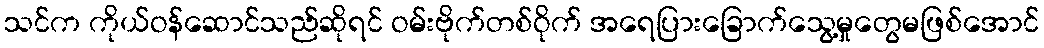
သင်က ကိုယ်ဝန်ဆောင်သည်ဆိုရင် ဝမ်းဗိုက်တစ်ဝိုက် အရေပြားခြောက်သွေ့မှုတွေမဖြစ်အောင်